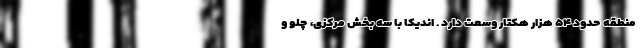
منطقه حدود ۵۴ هزار هکتار وسعت دارد . اندیکا با سه بخش مرکزی، چلو و